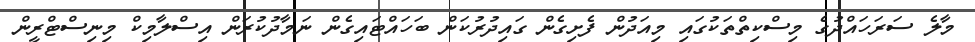
މާލެ ސަރަހައްދުގެ މިސްކިތްތަކުގައި މިއަދުން ފެށިގެން ގައިދުރުކަން ބަހައްޓައިގެން ނަމާދުކުރަން އިސްލާމިކް މިނިސްޓްރީން